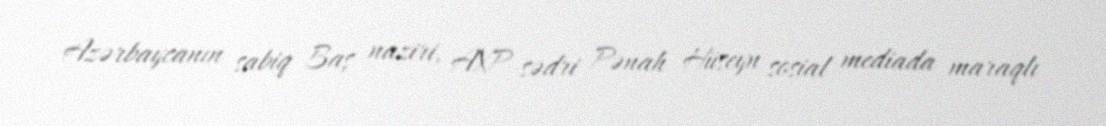
Azərbaycanın sabiq Baş naziri, AXP sədri Pənah Hüseyn sosial mediada maraqlı